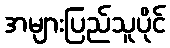
အများပြည်သူပိုင်